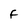
Character: F